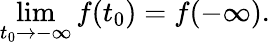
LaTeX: \operatorname*{lim}_{t_{0}\to-\infty}f(t_{0})=f(-\infty).